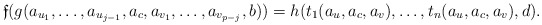
\begin{align*}\mathfrak f(g(a_{u_1},\dots,a_{u_{j-1}},a_c,a_{v_{1}},\dots,a_{v_{p-j}},b)) =h(t_1(a_{u},a_c,a_{v}),\dots,t_n(a_{u},a_c,a_{v}),d).\end{align*}